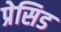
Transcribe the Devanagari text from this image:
प्रेसिड